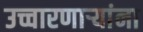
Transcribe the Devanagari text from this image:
उच्चारणार्‍यांना